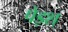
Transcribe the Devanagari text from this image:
पेड़श्